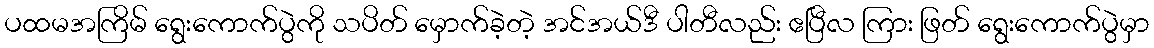
ပထမအကြိမ် ရွေးကောက်ပွဲကို သပိတ် မှောက်ခဲ့တဲ့ အင်အယ်ဒီ ပါတီလည်း ဧပြီလ ကြား ဖြတ် ရွေးကောက်ပွဲမှာ